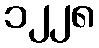
၁၂၂၈